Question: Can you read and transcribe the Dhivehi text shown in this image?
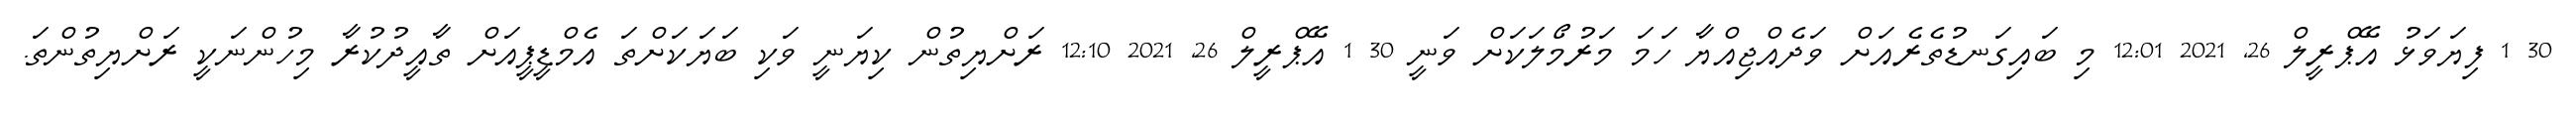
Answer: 30 1 ފިޔަވަޅު އޭޕްރީލް 26, 2021 12:01 މި ބައިގަނޑުތެރެއަށް ވަދެއްޖިއްޔާ ހަމަ މަރުމޯލަކަށް ވަނީ 30 1 އޭޕްރީލް 26, 2021 12:10 ރަށްޔިތުން ކިޔަނީ ވަކި ބަޔަކަށްތަ އެމްޑީޕީއަށް ތާއީދުކުރާ މިހުންނަކީ ރަށްޔިތުންތަ.